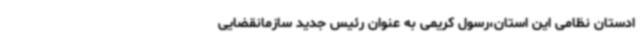
ادستان نظامی این استان،رسول کریمی به عنوان رئیس جدید سازمانقضایی